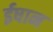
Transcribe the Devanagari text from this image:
ईषान